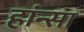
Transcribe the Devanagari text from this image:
हांन्सा